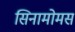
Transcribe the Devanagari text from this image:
सिनामोमस